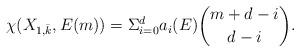
LaTeX: \begin{align*}\chi (X_{1,\bar{k}},E(m)) = \Sigma^d_{i=0} a_i(E) {m+d-i \choose d-i}.\end{align*}